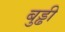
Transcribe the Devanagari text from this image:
बुड्ढी